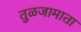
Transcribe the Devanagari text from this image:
तुळजामाता